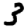
Digit: 3